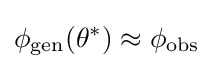
\phi _{\text{gen}}(\theta ^{*})\approx \phi _{\text{obs}}